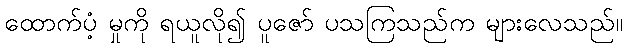
ထောက်ပံ့ မှုကို ရယူလို၍ ပူဇော် ပသကြသည်က များလေသည်။